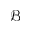
\mathcal { B }